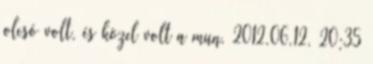
olcsó volt, és közel volt a mun. 2012.06.12. 20:35